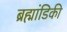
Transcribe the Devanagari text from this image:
ब्रह्मांडिकी